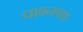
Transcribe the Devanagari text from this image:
धावनपथ